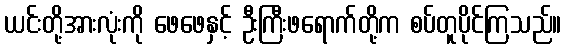
ယင်းတို့အားလုံးကို ဖေဖေနှင့် ဦးကြီးဖရောက်တို့က စပ်တူပိုင်ကြသည်။